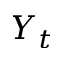
Y _ { t }